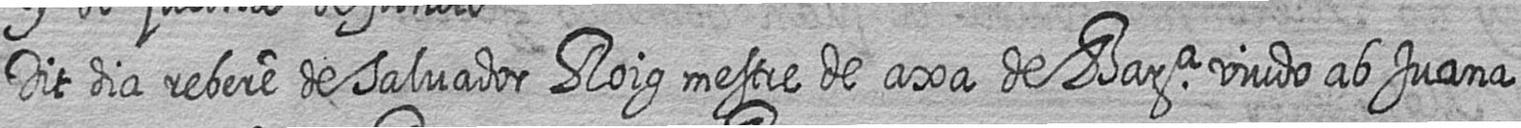
Dit dia rebere de Salvador Roig mestre de axa de Bara viudo ab Juana